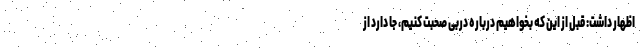
اظهار داشت: قبل از این که بخواهیم درباره دربی صحبت کنیم، جا دارد از